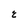
Character: E